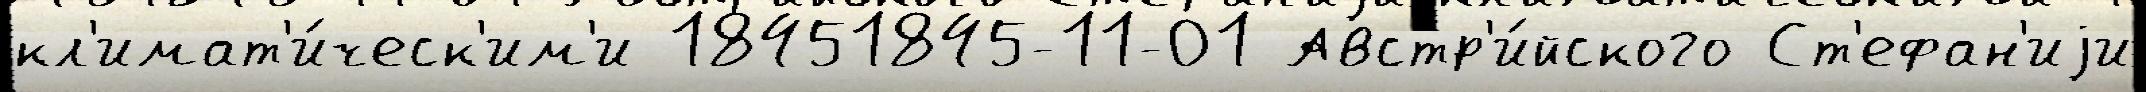
кл'имат'и́ческ'им'и 18451845-11-01 Австр'и́йского Ст'ефан'иjи